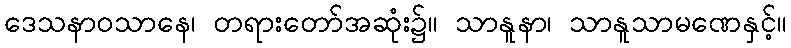
ဒေသနာဝသာနေ၊ တရားတော်အဆုံး၌။ သာနူနာ၊ သာနူသာမဏေနှင့်။